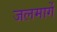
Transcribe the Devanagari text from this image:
जलमार्गे